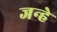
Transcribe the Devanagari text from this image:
जन्हे